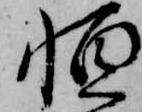
恒